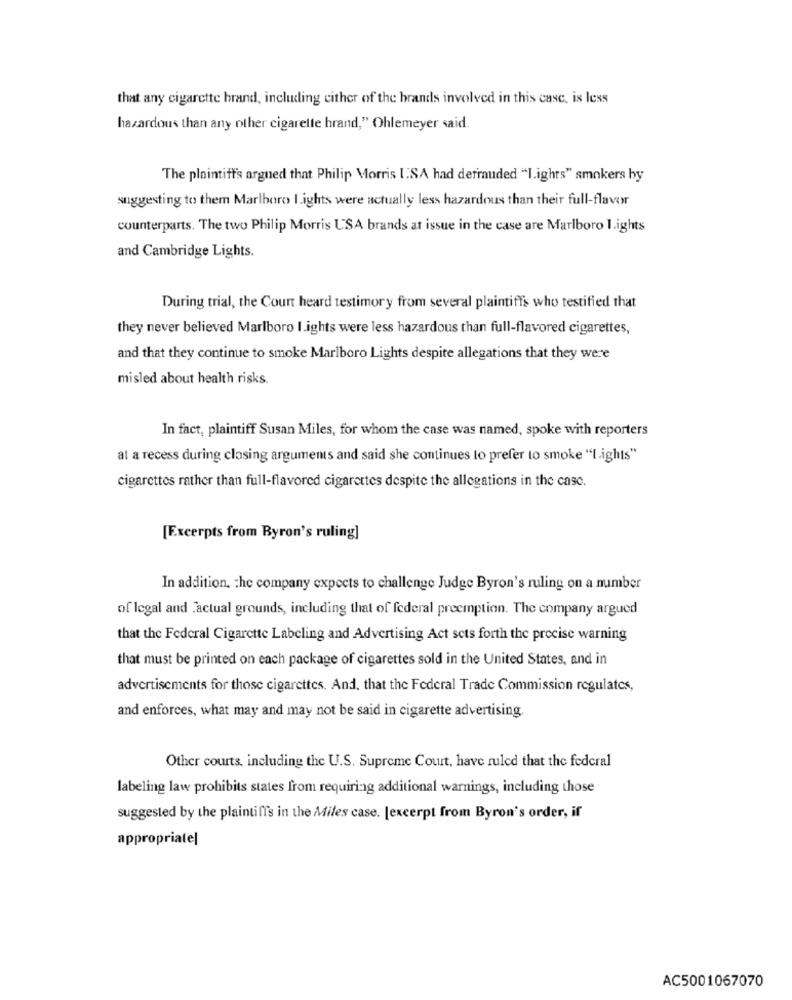
that any cigarette brand, including either of the brands involved in this case, is less
hazardous than any other cigarette brand," Ohlemeyer said.
The plaintiffs argued that Philip Morris I.SA had dermuded "I.ights" smokers by
suggesting to them Marlboro I.ights were actually less hazardous than their full-flavor
counterparts. The two Philip Morris USA brands at issue in the case are Marlboro Lights
and Cambridge Lights.
During trial, the Court heard testimory from several plaintiffs who testified that
they never believed Marlboro I.ights were less hazardous than full-flavored cigarettes,
and that they continue to smoke Marlboro Lights despite allegations that they were
misled about health risks.
In fact, plaintiff Susan Miles, for whom the case was named, spoke with reporters
at a recess during closing arguments and said she continues lo prefer to smoke "Lights"
cigarettes rather than full-flavored cigarettes despite the allegations in the case.
[Excerpts from Byron's ruling]
In addition, the company expects to challenge Judge Byron's ruling on a number
of legal and actual grounds, including that of federal preemption. The company argued
that the Federal Cigarette Labeling and Advertising Act sets forth the precise warning
that must be printed on each package of cigarettes sold in the United States, and in
advertisements for those cigarettes. And, that the Federal Trade Commission regulates,
and enforces, what may and may not be said in cigarette advertising.
Other courts, including the U.S. Supreme Court, have ruled that the federal
labeling law prohibits states from requiring additional warnings, including those
suggested by the plaintiff's in the Miles case. [excerpt from Byron's order, if
appropriatel
AC5001067070